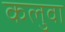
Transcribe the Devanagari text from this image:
कलुवा